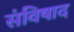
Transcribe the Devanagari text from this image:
संविषाद